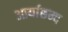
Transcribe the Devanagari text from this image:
आर्याछन्द